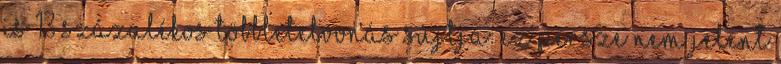
is 13 százalékos többletelvonás sújtja. Ez persze nem jelent